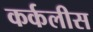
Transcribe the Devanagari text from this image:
कर्कलीस